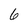
Character: 6